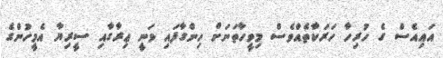
އައިއެސް ގެ ހުރިހާ ހަރަކާތެއްވެސް މިވީހާތަނަށް ހިންގާފައި ވަނީ ޢިރާގާއި ސީރިޔާ އެމީހުންގެ